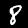
Label: 8